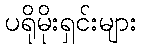
ပရိုမိုးရှင်းများ